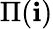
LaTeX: \Pi(\mathbf{i})